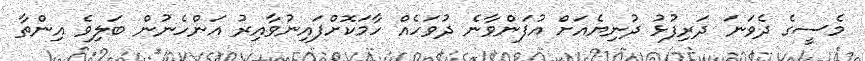
މެސީގެ ދެވަނަ ދަރިފުޅު ދުނިޔެއަށް އުފަންވާނެ ދުވަހެއް ހާމަކޮށްފައިނުވާއިރު އަންހެނުން ބަލިވެ އިންތާ